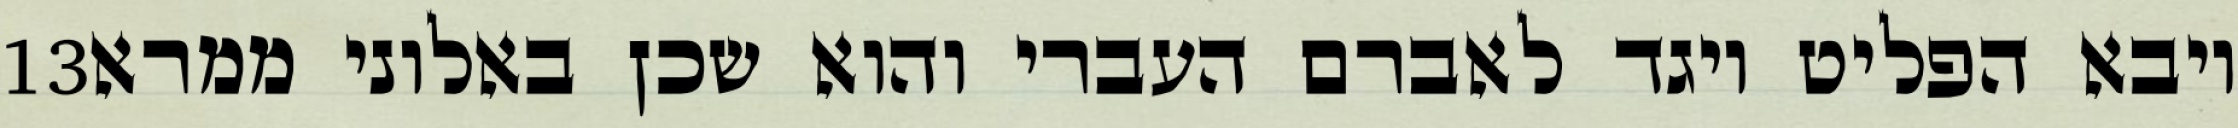
‎13‏ ויבא הפליט ויגד לאברם העברי והוא שכן באלוני ממרא